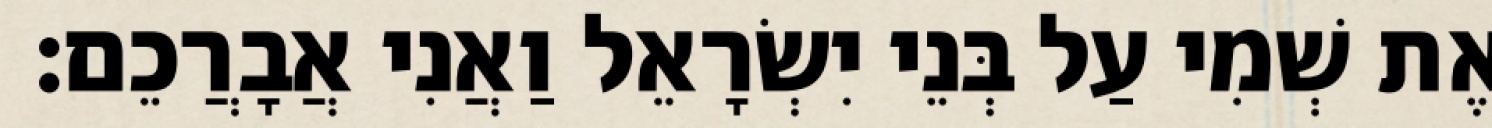
אֶת שְׁמִי עַל בְּנֵי יִשְׂרָאֵל וַאֲנִי אֲבָרֲכֵם׃